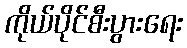
ကိုယ်ပိုင်စီးပွားရေး